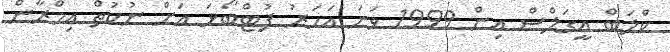
ކްލަބް އީގަލްސް އިން 1999 ވަނަ އަހަރު ފުޓްބޯޅަ އަށް ނުކުތް އިމްރާން